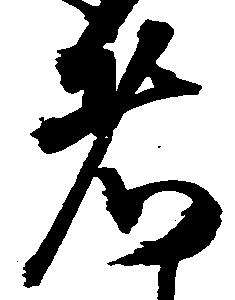
者